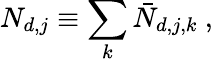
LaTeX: N_{d,j}\equiv\sum_{k}\bar{N}_{d,j,k}\ ,